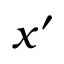
x ^ { \prime }